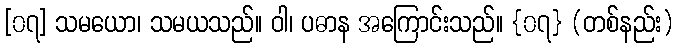
[၀၇] သမယော၊ သမယသည်။ ဝါ၊ ပဓာန အကြောင်းသည်။ {၀၇} (တစ်နည်း)